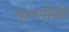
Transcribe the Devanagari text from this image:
पुराणौंकी